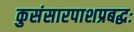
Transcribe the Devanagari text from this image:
कुसंसारपाशप्रबद्धः